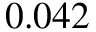
0 . 0 4 2